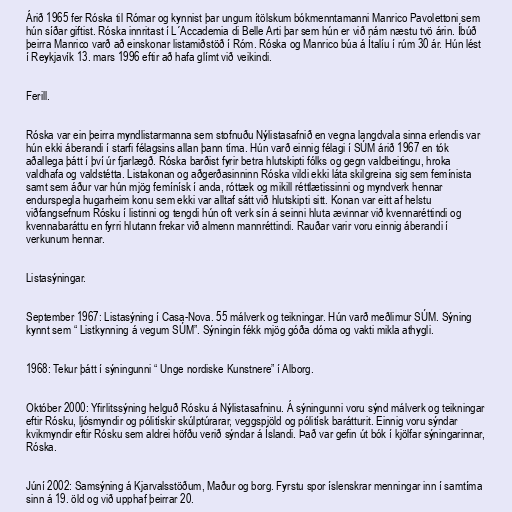
Árið 1965 fer Róska til Rómar og kynnist þar ungum ítölskum bókmenntamanni Manrico Pavolettoni sem
hún síðar giftist. Róska innritast í L´Accademia di Belle Arti þar sem hún er við nám næstu tvö árin. Íbúð
þeirra Manrico varð að einskonar listamiðstöð í Róm. Róska og Manrico búa á Ítalíu í rúm 30 ár. Hún lést
í Reykjavík 13. mars 1996 eftir að hafa glímt við veikindi.

Ferill.

Róska var ein þeirra myndlistarmanna sem stofnuðu Nýlistasafnið en vegna langdvala sinna erlendis var
hún ekki áberandi í starfi félagsins allan þann tíma. Hún varð einnig félagi í SÚM árið 1967 en tók
aðallega þátt í því úr fjarlægð. Róska barðist fyrir betra hlutskipti fólks og gegn valdbeitingu, hroka
valdhafa og valdstétta. Listakonan og aðgerðasinninn Róska vildi ekki láta skilgreina sig sem femínista
samt sem áður var hún mjög femínísk í anda, róttæk og mikill réttlætissinni og myndverk hennar
endurspegla hugarheim konu sem ekki var alltaf sátt við hlutskipti sitt. Konan var eitt af helstu
viðfangsefnum Rósku í listinni og tengdi hún oft verk sín á seinni hluta ævinnar við kvennaréttindi og
kvennabaráttu en fyrri hlutann frekar við almenn mannréttindi. Rauðar varir voru einnig áberandi í
verkunum hennar.

Listasýningar.

September 1967: Listasýning í Casa-Nova. 55 málverk og teikningar. Hún varð meðlimur SÚM. Sýning
kynnt sem “ Listkynning á vegum SÚM”. Sýningin fékk mjög góða dóma og vakti mikla athygli.

1968: Tekur þátt í sýningunni “ Unge nordiske Kunstnere” í Alborg.

Október 2000: Yfirlitssýning helguð Rósku á Nýlistasafninu. Á sýningunni voru sýnd málverk og teikningar
eftir Rósku, ljósmyndir og pólitískir skúlptúrarar, veggspjöld og pólitísk barátturit. Einnig voru sýndar
kvikmyndir eftir Rósku sem aldrei höfðu verið sýndar á Íslandi. Það var gefin út bók í kjölfar sýningarinnar,
Róska.

Júní 2002: Samsýning á Kjarvalsstöðum, Maður og borg. Fyrstu spor íslenskrar menningar inn í samtíma
sinn á 19. öld og við upphaf þeirrar 20.